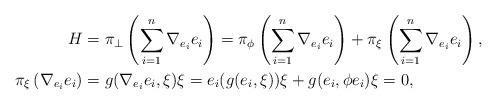
LaTeX: \begin{align*}H &= \pi_{\perp} \left( \sum_{i=1}^{n} \nabla_{e_{i}} e_{i} \right) = \pi_{\phi} \left(\sum_{i=1}^{n} \nabla_{e_{i}} e_{i} \right) + \pi_{\xi} \left(\sum_{i=1}^{n} \nabla_{e_{i}} e_{i} \right), \\\pi_{\xi} \left(\nabla_{e_{i}} e_{i} \right) &=g(\nabla_{e_{i}} e_{i}, \xi) \xi =e_{i} (g(e_{i}, \xi)) \xi + g(e_{i}, \phi e_{i}) \xi = 0,\end{align*}